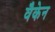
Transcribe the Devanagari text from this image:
वैकेन